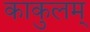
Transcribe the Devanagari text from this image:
काकुलम्